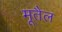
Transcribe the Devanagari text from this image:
मूतैल